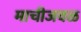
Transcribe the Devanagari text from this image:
माचीजवळ